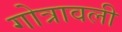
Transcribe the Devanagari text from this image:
गोत्रावली